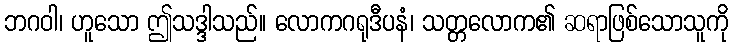
ဘဂဝါ၊ ဟူသော ဤသဒ္ဒါသည်။ လောကဂရုဒီပနံ၊ သတ္တလောက၏ ဆရာဖြစ်သောသူကို